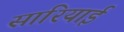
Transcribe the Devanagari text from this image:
सारियाई